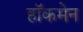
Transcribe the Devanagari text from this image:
हाॅकमेन